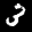
Label: 3